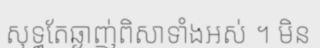
សុទ្ធតែឆ្ងាញ់ពិសាទាំងអស់ ។ មិន